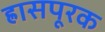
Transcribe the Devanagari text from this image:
ह्रासपूरक